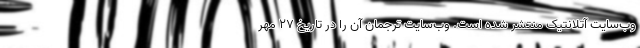
وب‌سایت آتلانتیک منتشر شده است. وب‌سایت ترجمان آن را در تاریخ ۲۷ مهر